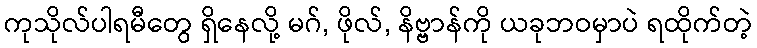
ကုသိုလ်ပါရမီတွေ ရှိနေလို့ မဂ်, ဖိုလ်, နိဗ္ဗာန်ကို ယခုဘဝမှာပဲ ရထိုက်တဲ့